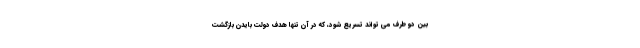
بین دو طرف می تواند تسریع شود، که در آن تنها هدف دولت بایدن بازگشت